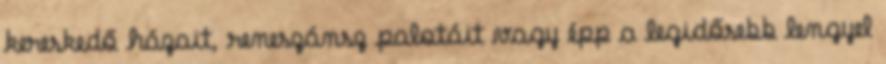
kereskedő házait, reneszánsz palotáit vagy épp a legidősebb lengyel